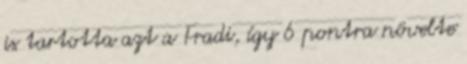
is tartotta azt a Fradi, így 6 pontra növelte